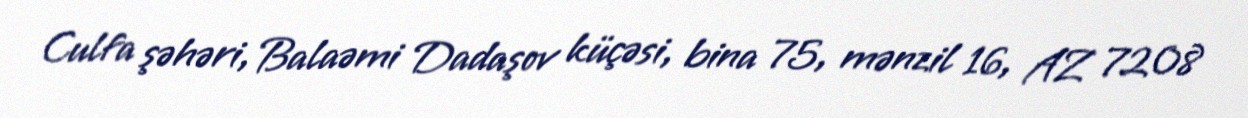
Culfa şəhəri, Balaəmi Dadaşov küçəsi, bina 75, mənzil 16, AZ 7208